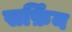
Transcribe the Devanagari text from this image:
सर्फ़िन